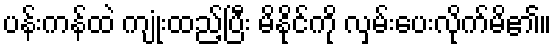
ပန်းကန်ထဲ ကျုံးထည့်ပြီး မိနိုင်ကို လှမ်းပေးလိုက်မိ၏။